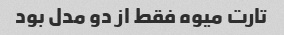
تارت میوه فقط از دو مدل بود